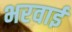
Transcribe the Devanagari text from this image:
भरवाई